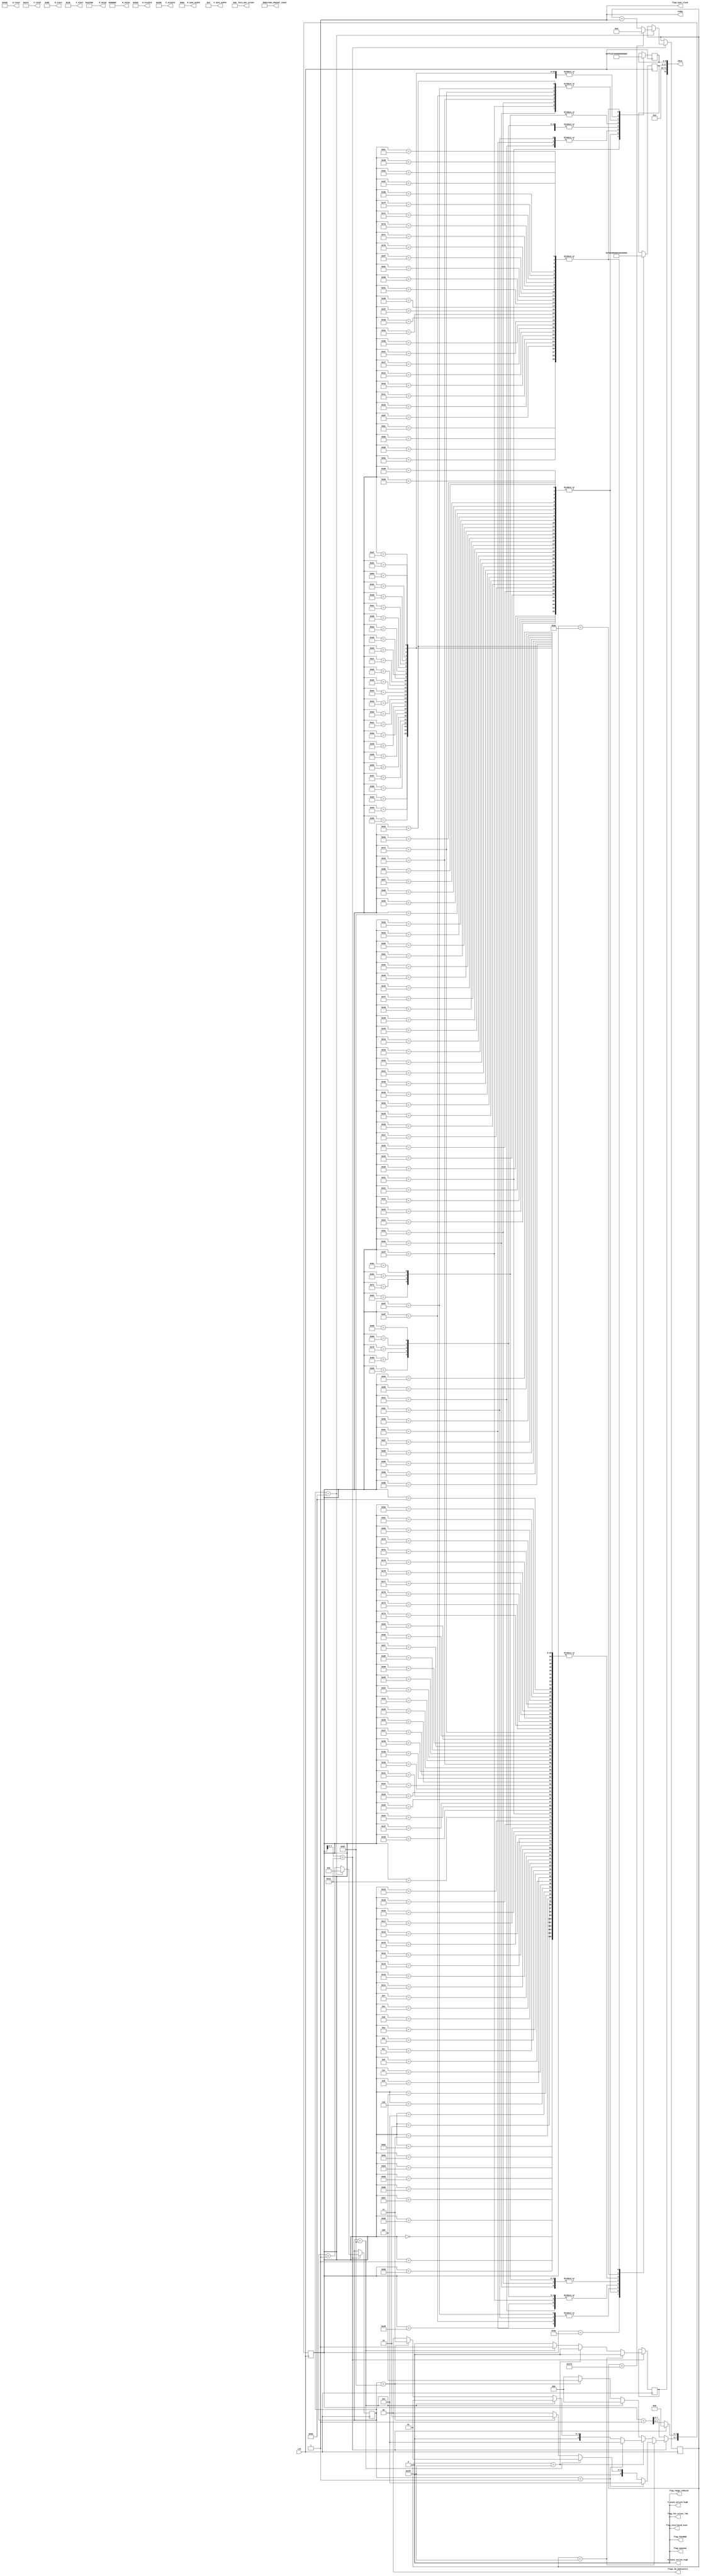
// This program was cloned from: https://github.com/hamsternz/DisplayPort_Verilog
// License: MIT License

///////////////////////////////////////////////////////////////////////////////
// ./src/test_streams/test_source_800_600_RGB_444_ch1.v : 
//
//
// Part of the DisplayPort_Verlog project - an open implementation of the 
// DisplayPort protocol for FPGA boards. 
//
// See https://github.com/hamsternz/DisplayPort_Verilog for latest versions.
//
///////////////////////////////////////////////////////////////////////////////
// Version |  Notes
// ----------------------------------------------------------------------------
//   1.0   | Initial Release
//
///////////////////////////////////////////////////////////////////////////////
//
// MIT License
// 
// Copyright (c) 2019 Mike Field
// 
// Permission is hereby granted, free of charge, to any person obtaining a copy
// of this software and associated documentation files (the "Software"), to deal
// in the Software without restriction, including without limitation the rights
// to use, copy, modify, merge, publish, distribute, sublicense, and/or sell
// copies of the Software, and to permit persons to whom the Software is
// furnished to do so, subject to the following conditions:
// 
// The above copyright notice and this permission notice shall be included in all
// copies or substantial portions of the Software.
// 
// THE SOFTWARE IS PROVIDED "AS IS", WITHOUT WARRANTY OF ANY KIND, EXPRESS OR
// IMPLIED, INCLUDING BUT NOT LIMITED TO THE WARRANTIES OF MERCHANTABILITY,
// FITNESS FOR A PARTICULAR PURPOSE AND NONINFRINGEMENT. IN NO EVENT SHALL THE
// AUTHORS OR COPYRIGHT HOLDERS BE LIABLE FOR ANY CLAIM, DAMAGES OR OTHER
// LIABILITY, WHETHER IN AN ACTION OF CONTRACT, TORT OR OTHERWISE, ARISING FROM,
// OUT OF OR IN CONNECTION WITH THE SOFTWARE OR THE USE OR OTHER DEALINGS IN THE
// SOFTWARE.
//
///////////////////////////////////////////////////////////////////////////////
//
// Want to say thanks?
//
// This design has taken many hours - 3 months of work for the initial VHDL
// design, and another month or so to convert it to Verilog for this release.
//
// I'm more than happy to share it if you can make use of it. It is released
// under the MIT license, so you are not under any onus to say thanks, but....
//
// If you what to say thanks for this design either drop me an email, or how about
// trying PayPal to my email (hamster@snap.net.nz)?
//
//  Educational use - Enough for a beer
//  Hobbyist use    - Enough for a pizza
//  Research use    - Enough to take the family out to dinner
//  Commercial use  - A weeks pay for an engineer (I wish!)
//
///////////////////////////////////////////////////////////////////////////////
module test_source_800_600_RGB_444_ch1(
        output reg [23:0] M_value,
        output reg [23:0] N_value,
        output reg [11:0] H_visible,
        output reg [11:0] V_visible,
        output reg [11:0] H_total,
        output reg [11:0] V_total,
        output reg [11:0] H_sync_width,
        output reg [11:0] V_sync_width,
        output reg [11:0] H_start,
        output reg [11:0] V_start,
        output reg        H_vsync_active_high,
        output reg        V_vsync_active_high,
        output reg        flag_sync_clock,
        output reg        flag_YCCnRGB,
        output reg        flag_422n444,
        output reg        flag_YCC_colour_709,
        output reg        flag_range_reduced,
        output reg        flag_interlaced_even,
        output reg  [1:0] flags_3d_Indicators,
        output reg  [4:0] bits_per_colour,
        output reg  [2:0] stream_channel_count,

        input             clk,
        output reg        ready,
        output     [72:0] data
    );
    
    localparam [8:0] DUMMY  = 9'b000000011;  // 0x03
    localparam [8:0] SPARE  = 9'b011111111;  // 0xFF
    localparam [8:0] ZERO   = 9'b000000000;  // 0x00
    localparam [8:0] PIX_80 = 9'b011001100;  // 0x80

    localparam [8:0] SS     = 9'b101011100;  // K28.2
    localparam [8:0] SE     = 9'b111111101;  // K29.7
    localparam [8:0] BE     = 9'b111111011;  // K27.7
    localparam [8:0] BS     = 9'b110111100;  // K28.5
    localparam [8:0] SR     = 9'b100011100;  // K28.0
    localparam [8:0] FS     = 9'b111111110;  // K30.7
    localparam [8:0] FE     = 9'b111110111;  // K23.7

    localparam [8:0] VB_VS  = 9'b000000001;  // 0x00  VB-ID with Vertical blank asserted 
    localparam [8:0] VB_NVS = 9'b000000000;  // 0x00  VB-ID without Vertical blank asserted
    localparam [8:0] MVID   = 9'b001101000;  // 0x68
    localparam [8:0] MAUD   = 9'b000000000;  // 0x00    
    
    reg [7:0] index = 0;
    reg [8:0] d0 = 0;
    reg [8:0] d1 = 0;
    reg [9:0] line_count = 0;
    reg [7:0] row_count = 0;
    reg       switch_point  = 0;

initial begin
    M_value              = 24'h012F68;
    N_value              = 24'h080000;
    H_visible            = 12'h320;  // 800
    V_visible            = 12'h258;  // 600
    H_total              = 12'h420;  // 1056
    V_total              = 12'h274;  // 628
    H_sync_width         = 12'h080;  // 128
    V_sync_width         = 12'h004;  // 4
    H_start              = 12'h0D8;  // 216 
    V_start              = 12'h01b;  // 27
    H_vsync_active_high  = 1'b0;
    V_vsync_active_high  = 1'b0;
    flag_sync_clock      = 1'b1;
    flag_YCCnRGB         = 1'b0;
    flag_422n444         = 1'b0;
    flag_range_reduced   = 1'b0;
    flag_interlaced_even = 1'b0;
    flag_YCC_colour_709  = 1'b0;
    flags_3d_Indicators  = 2'b00;
    bits_per_colour      = 5'b01000;

    stream_channel_count = 3'b001; 
    ready                = 1'b1;
end

    assign data[72]             = switch_point;
    assign data[71:18]          = 54'b0;
    assign data[17:9]           = d1;
    assign data[8:0]            = d0; 

always @(posedge clk) begin
    case(index)  
        8'h00: begin d0 <= DUMMY;  d1 <= DUMMY; end
        8'h01: begin d0 <= DUMMY;  d1 <= DUMMY; end
        8'h02: begin d0 <= DUMMY;  d1 <= DUMMY; end
        8'h03: begin d0 <= DUMMY;  d1 <= DUMMY; end
        8'h04: begin d0 <= DUMMY;  d1 <= DUMMY; end
        8'h05: begin d0 <= DUMMY;  d1 <= DUMMY; end
        8'h06: begin d0 <= DUMMY;  d1 <= DUMMY; end
        8'h07: begin d0 <= DUMMY;  d1 <= DUMMY; end
        8'h08: begin d0 <= DUMMY;  d1 <= DUMMY; end
        8'h09: begin d0 <= DUMMY;  d1 <= DUMMY; end
        8'h0A: begin d0 <= DUMMY;  d1 <= DUMMY; end
        8'h0B: begin d0 <= DUMMY;  d1 <= DUMMY; end
        8'h0C: begin d0 <= DUMMY;  d1 <= DUMMY; end
        8'h0D: begin d0 <= DUMMY;  d1 <= DUMMY; end
        8'h0E: begin d0 <= DUMMY;  d1 <= DUMMY; end
        8'h0F: begin d0 <= DUMMY;  d1 <= DUMMY; end
        8'h10: begin d0 <= DUMMY;  d1 <= DUMMY; end
        8'h11: begin d0 <= DUMMY;  d1 <= DUMMY; end
        8'h12: begin d0 <= DUMMY;  d1 <= DUMMY; end
        8'h13: begin d0 <= DUMMY;  d1 <= DUMMY; end
        8'h14: begin d0 <= DUMMY;  d1 <= DUMMY; end
        8'h15: begin d0 <= DUMMY;  d1 <= DUMMY; end
        8'h16: begin d0 <= DUMMY;  d1 <= DUMMY; end
        8'h17: begin d0 <= DUMMY;  d1 <= DUMMY; end
        8'h18: begin d0 <= DUMMY;  d1 <= DUMMY; end
        8'h19: begin d0 <= DUMMY;  d1 <= DUMMY; end
        8'h1A: begin d0 <= DUMMY;  d1 <= DUMMY; end
        8'h1B: begin d0 <= SPARE;  d1 <= SPARE; end
        8'h1C: begin d0 <= SPARE;  d1 <= SPARE; end
        8'h1D: begin d0 <= SPARE;  d1 <= SPARE; end
        8'h1E: begin d0 <= SPARE;  d1 <= SPARE; end
        8'h1F: begin d0 <= SPARE;  d1 <= SPARE; end
    
        // Block 1 - 8 white pixels and padding
        8'h20: begin d0 <= PIX_80; d1 <= PIX_80; end
        8'h21: begin d0 <= PIX_80; d1 <= PIX_80; end
        8'h22: begin d0 <= PIX_80; d1 <= PIX_80; end
        8'h23: begin d0 <= PIX_80; d1 <= PIX_80; end
        8'h24: begin d0 <= PIX_80; d1 <= PIX_80; end
        8'h25: begin d0 <= PIX_80; d1 <= PIX_80; end
        8'h26: begin d0 <= PIX_80; d1 <= PIX_80; end
        8'h27: begin d0 <= PIX_80; d1 <= PIX_80; end
        8'h28: begin d0 <= PIX_80; d1 <= PIX_80; end
        8'h29: begin d0 <= PIX_80; d1 <= PIX_80; end
        8'h2A: begin d0 <= PIX_80; d1 <= PIX_80; end
        8'h2B: begin d0 <= PIX_80; d1 <= PIX_80; end
        8'h2C: begin d0 <= FS;     d1 <= DUMMY;  end
        8'h2D: begin d0 <= DUMMY;  d1 <=  DUMMY; end
        8'h2E: begin d0 <= DUMMY;  d1 <=  DUMMY; end
        8'h2F: begin d0 <= DUMMY;  d1 <=  DUMMY; end
        8'h30: begin d0 <= DUMMY;  d1 <=  DUMMY; end
        8'h31: begin d0 <= DUMMY;  d1 <=  DUMMY; end
        8'h32: begin d0 <= DUMMY;  d1 <=  DUMMY; end
        8'h33: begin d0 <= DUMMY;  d1 <=  DUMMY; end
        8'h34: begin d0 <= DUMMY;  d1 <=  DUMMY; end
        8'h35: begin d0 <= DUMMY;  d1 <=  DUMMY; end
        8'h36: begin d0 <= DUMMY;  d1 <=  DUMMY; end
        8'h37: begin d0 <= DUMMY;  d1 <=  DUMMY; end
        8'h38: begin d0 <= DUMMY;  d1 <=  DUMMY; end
        8'h39: begin d0 <= DUMMY;  d1 <=  DUMMY; end
        8'h3A: begin d0 <= DUMMY;  d1 <=  FE;    end
        8'h3B: begin d0 <= SPARE;  d1 <=  SPARE; end
        8'h3C: begin d0 <= SPARE;  d1 <=  SPARE; end
        8'h3D: begin d0 <= SPARE;  d1 <=  SPARE; end
        8'h3E: begin d0 <= SPARE;  d1 <=  SPARE; end
        8'h3F: begin d0 <= SPARE;  d1 <=  SPARE; end
    
        // Block 2 - 8 white pixels and padding; d1 <= VB-ID (-vsync); d1 <= Mvid; d1 <= MAud and junk
        8'h40: begin d0 <= PIX_80; d1 <= PIX_80; end
        8'h41: begin d0 <= PIX_80; d1 <= PIX_80; end
        8'h42: begin d0 <= PIX_80; d1 <= PIX_80; end
        8'h43: begin d0 <= PIX_80; d1 <= PIX_80; end
        8'h44: begin d0 <= PIX_80; d1 <= PIX_80; end
        8'h45: begin d0 <= PIX_80; d1 <= PIX_80; end
        8'h46: begin d0 <= PIX_80; d1 <= PIX_80; end
        8'h47: begin d0 <= PIX_80; d1 <= PIX_80; end
        8'h48: begin d0 <= PIX_80; d1 <= PIX_80; end
        8'h49: begin d0 <= PIX_80; d1 <= PIX_80; end
        8'h4A: begin d0 <= PIX_80; d1 <= PIX_80; end
        8'h4B: begin d0 <= PIX_80; d1 <= PIX_80; end
        8'h4C: begin d0 <= BS;     d1 <= VB_NVS; end
        8'h4D: begin d0 <= MVID;   d1 <= MAUD;   end
        8'h4E: begin d0 <= VB_NVS; d1 <= MVID;   end
        8'h4F: begin d0 <= MAUD;   d1 <= VB_NVS; end
        8'h50: begin d0 <= MVID;   d1 <= MAUD;   end
        8'h51: begin d0 <= VB_NVS; d1 <= MVID;   end
        8'h52: begin d0 <= MAUD;   d1 <= DUMMY;  end
        8'h53: begin d0 <= DUMMY;  d1 <= DUMMY;  end
        8'h54: begin d0 <= DUMMY;  d1 <= DUMMY;  end
        8'h55: begin d0 <= DUMMY;  d1 <= DUMMY;  end
        8'h56: begin d0 <= DUMMY;  d1 <= DUMMY;  end
        8'h57: begin d0 <= DUMMY;  d1 <= DUMMY;  end
        8'h58: begin d0 <= DUMMY;  d1 <= DUMMY;  end
        8'h59: begin d0 <= DUMMY;  d1 <= DUMMY;  end
        8'h5A: begin d0 <= DUMMY;  d1 <= DUMMY;  end
        8'h5B: begin d0 <= SPARE;  d1 <= SPARE;  end
        8'h5C: begin d0 <= SPARE;  d1 <= SPARE;  end
        8'h5D: begin d0 <= SPARE;  d1 <= SPARE;  end
        8'h5E: begin d0 <= SPARE;  d1 <= SPARE;  end
        8'h5F: begin d0 <= SPARE;  d1 <= SPARE;  end
    
        // Block 3 - 8 white pixels and padding; d1 <= VB-ID (+vsync); d1 <= Mvid; d1 <= MAud and junk
        8'h60: begin d0 <= PIX_80; d1 <= PIX_80; end
        8'h61: begin d0 <= PIX_80; d1 <= PIX_80; end
        8'h62: begin d0 <= PIX_80; d1 <= PIX_80; end
        8'h63: begin d0 <= PIX_80; d1 <= PIX_80; end
        8'h64: begin d0 <= PIX_80; d1 <= PIX_80; end
        8'h65: begin d0 <= PIX_80; d1 <= PIX_80; end
        8'h66: begin d0 <= PIX_80; d1 <= PIX_80; end
        8'h67: begin d0 <= PIX_80; d1 <= PIX_80; end
        8'h68: begin d0 <= PIX_80; d1 <= PIX_80; end
        8'h69: begin d0 <= PIX_80; d1 <= PIX_80; end
        8'h6A: begin d0 <= PIX_80; d1 <= PIX_80; end
        8'h6B: begin d0 <= PIX_80; d1 <= PIX_80; end
        8'h6C: begin d0 <= BS;     d1 <= VB_VS;  end
        8'h6D: begin d0 <= MVID;   d1 <= MAUD;   end
        8'h6E: begin d0 <= VB_VS;  d1 <= MVID;   end
        8'h6F: begin d0 <= MAUD;   d1 <= VB_VS;  end
        8'h70: begin d0 <= MVID;   d1 <= MAUD;   end
        8'h71: begin d0 <= VB_VS;  d1 <= MVID;   end
        8'h72: begin d0 <= MAUD;   d1 <= DUMMY;  end
        8'h73: begin d0 <= DUMMY;  d1 <=  DUMMY; end
        8'h74: begin d0 <= DUMMY;  d1 <=  DUMMY; end
        8'h75: begin d0 <= DUMMY;  d1 <=  DUMMY; end
        8'h76: begin d0 <= DUMMY;  d1 <=  DUMMY; end
        8'h77: begin d0 <= DUMMY;  d1 <=  DUMMY; end
        8'h78: begin d0 <= DUMMY;  d1 <=  DUMMY; end
        8'h79: begin d0 <= DUMMY;  d1 <=  DUMMY; end
        8'h7A: begin d0 <= DUMMY;  d1 <=  DUMMY; end
        8'h7B: begin d0 <= SPARE;  d1 <=  SPARE; end
        8'h7C: begin d0 <= SPARE;  d1 <=  SPARE; end
        8'h7D: begin d0 <= SPARE;  d1 <=  SPARE; end
        8'h7E: begin d0 <= SPARE;  d1 <=  SPARE; end
        8'h7F: begin d0 <= SPARE;  d1 <=  SPARE; end
    
        // Block 4 - DUMMY;Blank Start; d1 <= VB-ID (+vsync); d1 <= Mvid; d1 <= MAud and junk
        8'h80: begin d0 <= DUMMY; d1 <= DUMMY; end
        8'h81: begin d0 <= DUMMY; d1 <= DUMMY; end
        8'h82: begin d0 <= DUMMY; d1 <= DUMMY; end
        8'h83: begin d0 <= DUMMY; d1 <= DUMMY; end
        8'h84: begin d0 <= DUMMY; d1 <= DUMMY; end
        8'h85: begin d0 <= DUMMY; d1 <= DUMMY; end
        8'h86: begin d0 <= DUMMY; d1 <= DUMMY; end
        8'h87: begin d0 <= DUMMY; d1 <= DUMMY; end
        8'h88: begin d0 <= DUMMY; d1 <= DUMMY; end
        8'h89: begin d0 <= DUMMY; d1 <= DUMMY; end
        8'h8A: begin d0 <= DUMMY; d1 <= DUMMY; end
        8'h8B: begin d0 <= DUMMY; d1 <= DUMMY; end
        8'h8C: begin d0 <= BS;    d1 <= VB_VS; end
        8'h8D: begin d0 <= MVID;  d1 <= MAUD;  end
        8'h8E: begin d0 <= VB_VS; d1 <= MVID;  end
        8'h8F: begin d0 <= MAUD;  d1 <= VB_VS; end
        8'h90: begin d0 <= MVID;  d1 <= MAUD;  end
        8'h91: begin d0 <= VB_VS; d1 <= MVID;  end
        8'h92: begin d0 <= MAUD;  d1 <= DUMMY; end
        8'h93: begin d0 <= DUMMY; d1 <= DUMMY; end
        8'h94: begin d0 <= DUMMY; d1 <= DUMMY; end
        8'h95: begin d0 <= DUMMY; d1 <= DUMMY; end
        8'h96: begin d0 <= DUMMY; d1 <= DUMMY; end
        8'h97: begin d0 <= DUMMY; d1 <= DUMMY; end
        8'h98: begin d0 <= DUMMY; d1 <= DUMMY; end
        8'h99: begin d0 <= DUMMY; d1 <= DUMMY; end
        8'h9A: begin d0 <= DUMMY; d1 <= DUMMY; end
        8'h9B: begin d0 <= SPARE; d1 <= SPARE; end
        8'h9C: begin d0 <= SPARE; d1 <= SPARE; end
        8'h9D: begin d0 <= SPARE; d1 <= SPARE; end
        8'h9E: begin d0 <= SPARE; d1 <= SPARE; end
        8'h9F: begin d0 <= SPARE; d1 <= SPARE; end
    
        // Block 5 - just blank end
        8'hA0: begin d0 <= DUMMY; d1 <= DUMMY; end
        8'hA1: begin d0 <= DUMMY; d1 <= DUMMY; end
        8'hA2: begin d0 <= DUMMY; d1 <= DUMMY; end
        8'hA3: begin d0 <= DUMMY; d1 <= DUMMY; end
        8'hA4: begin d0 <= DUMMY; d1 <= DUMMY; end
        8'hA5: begin d0 <= DUMMY; d1 <= DUMMY; end
        8'hA6: begin d0 <= DUMMY; d1 <= DUMMY; end
        8'hA7: begin d0 <= DUMMY; d1 <= DUMMY; end
        8'hA8: begin d0 <= DUMMY; d1 <= DUMMY; end
        8'hA9: begin d0 <= DUMMY; d1 <= DUMMY; end
        8'hAA: begin d0 <= DUMMY; d1 <= DUMMY; end
        8'hAB: begin d0 <= DUMMY; d1 <= DUMMY; end
        8'hAC: begin d0 <= DUMMY; d1 <= DUMMY; end
        8'hAD: begin d0 <= DUMMY; d1 <= DUMMY; end
        8'hAE: begin d0 <= DUMMY; d1 <= DUMMY; end
        8'hAF: begin d0 <= DUMMY; d1 <= DUMMY; end
        8'hB0: begin d0 <= DUMMY; d1 <= DUMMY; end
        8'hB1: begin d0 <= DUMMY; d1 <= DUMMY; end
        8'hB2: begin d0 <= DUMMY; d1 <= DUMMY; end
        8'hB3: begin d0 <= DUMMY; d1 <= DUMMY; end
        8'hB4: begin d0 <= DUMMY; d1 <= DUMMY; end
        8'hB5: begin d0 <= DUMMY; d1 <= DUMMY; end
        8'hB6: begin d0 <= DUMMY; d1 <= DUMMY; end
        8'hB7: begin d0 <= DUMMY; d1 <= DUMMY; end
        8'hB8: begin d0 <= DUMMY; d1 <= DUMMY; end
        8'hB9: begin d0 <= DUMMY; d1 <= DUMMY; end
        8'hBA: begin d0 <= DUMMY; d1 <= BE;    end
        8'hBB: begin d0 <= SPARE; d1 <= SPARE; end
        8'hBC: begin d0 <= SPARE; d1 <= SPARE; end
        8'hBD: begin d0 <= SPARE; d1 <= SPARE; end
        8'hBE: begin d0 <= SPARE; d1 <= SPARE; end
        8'hBF: begin d0 <= SPARE; d1 <= SPARE; end
    endcase

         if(index[4:0] == 5'd26) begin  // 26  
             index[4:0] <= 5'd0;
             if(row_count == 131) begin
                 row_count <= 8'b0;
                 if(line_count == 627)
                 begin
                     line_count <= 10'b0;
                 end else begin
                     line_count <= line_count + 1;
                 end
             end else begin
                 row_count <= row_count +1;
             end

    // Block 0 - Junk
    // Block 1- 8 white pixels and padding
    // Block 2 - 8 white pixels and padding, VB-ID (-vsync), Mvid, MAud and junk
    // Block 3 - 8 white pixels and padding, VB-ID (+vsync), Mvid, MAud and junk
    // Block 4 - DUMMY,Blank Start, VB-ID (+vsync), Mvid, MAud and junk
    // Block 5 - just blank end
                
             index[7:5] <= 3'b000;  // Dummy symbols
             switch_point <= 1'b0;
             if(line_count < 599) begin //-- lines of active video (except first and last)
                 if   (row_count <  1) index[7:5] <= 3'b101;  // Just blank end BE
                 else if(row_count < 100) index[7:5] <= 3'b001;  // Pixels plus fill                                                 
                 else if(row_count == 100) index[7:5] <= 3'b010;  // Pixels BS and VS-ID block (no VBLANK flag)       
           
             end else if(line_count == 599) begin // Last line of active video
                 if(row_count <  1) begin
                     index[7:5] <= 3'b101;  // Just blank end BE
                 end else if(row_count < 100) begin
                     index[7:5] <= 3'b001;  // Pixels plus fill 
                 end else if(row_count == 100) begin
                     index[7:5] <= 3'b011;  // Pixels BS and VS-ID block (with VBLANK flag)       
                 end
             end else begin
                 //---------------------------------------------------------------
                 // Allow switching to/from the idle pattern during the vertical blank
                 //---------------------------------------------------------------                        
                 if(row_count < 100) begin
                     switch_point <= 1'b1;
                 end else if(row_count == 100) begin
                    index[7:5] <= 3'b100;  // Dummy symbols, BS and VS-ID block (with VBLANK flag)                        
                 end
             end            
         end else begin
             index <= index + 1;
         end
     end
endmodule